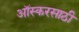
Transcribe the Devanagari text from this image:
ऑस्करसाठी